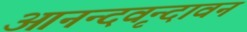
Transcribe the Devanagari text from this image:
आनन्दवृन्दावन